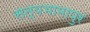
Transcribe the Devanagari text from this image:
सत्यभामापुर